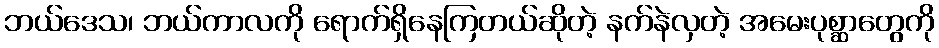
ဘယ်ဒေသ၊ ဘယ်ကာလကို ရောက်ရှိနေကြတယ်ဆိုတဲ့ နက်နဲလှတဲ့ အမေးပုစ္ဆာတွေကို